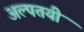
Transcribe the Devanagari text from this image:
अल्पतयी